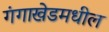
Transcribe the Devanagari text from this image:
गंगाखेडमधील